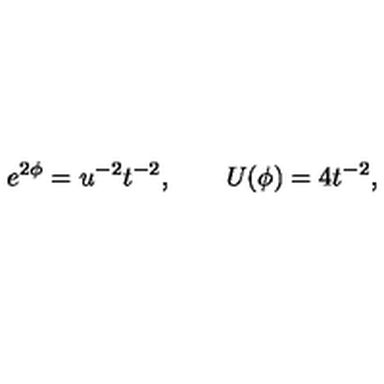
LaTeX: e ^ { 2 \phi } = u ^ { - 2 } t ^ { - 2 } , \qquad U ( \phi ) = 4 t ^ { - 2 } ,